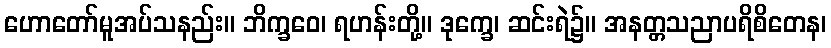
ဟောတော်မူအပ်သနည်း။ ဘိက္ခဝေ၊ ရဟန်းတို့။ ဒုက္ခေ၊ ဆင်းရဲ၌။ အနတ္တသညာပရိစိတေန၊